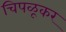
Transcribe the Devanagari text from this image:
चिपळूकर